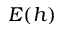
E ( h )